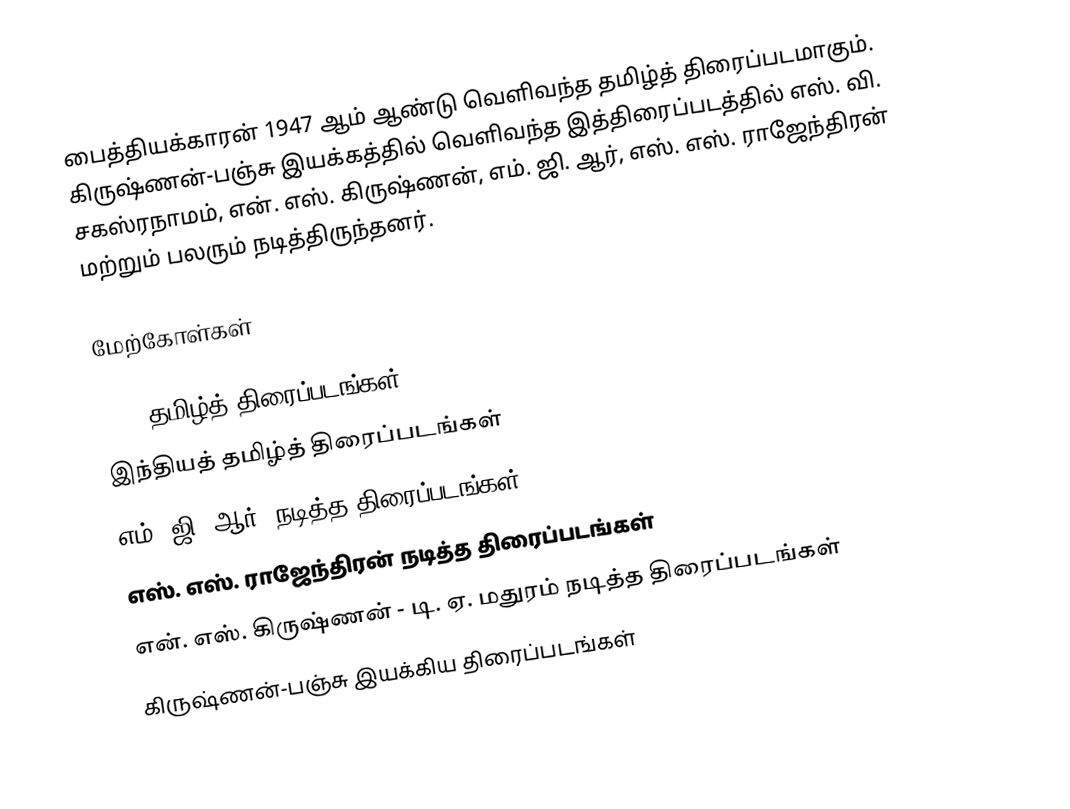
பைத்தியக்காரன் 1947 ஆம் ஆண்டு வெளிவந்த தமிழ்த் திரைப்படமாகும். கிருஷ்ணன்-பஞ்சு இயக்கத்தில் வெளிவந்த இத்திரைப்படத்தில் எஸ். வி. சகஸ்ரநாமம், என். எஸ். கிருஷ்ணன், எம். ஜி. ஆர், எஸ். எஸ். ராஜேந்திரன் மற்றும் பலரும் நடித்திருந்தனர்.

மேற்கோள்கள்

1947 தமிழ்த் திரைப்படங்கள்
இந்தியத் தமிழ்த் திரைப்படங்கள்
எம். ஜி. ஆர். நடித்த திரைப்படங்கள்
எஸ். எஸ். ராஜேந்திரன் நடித்த திரைப்படங்கள்
என். எஸ். கிருஷ்ணன் - டி. ஏ. மதுரம் நடித்த திரைப்படங்கள்
கிருஷ்ணன்-பஞ்சு இயக்கிய திரைப்படங்கள்